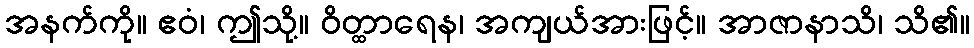
အနက်ကို။ ဧဝံ၊ ဤသို့။ ဝိတ္ထာရေန၊ အကျယ်အားဖြင့်။ အာဇာနာသိ၊ သိ၏။